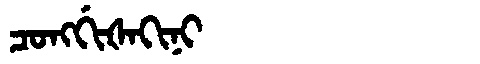
Manchu: ᠴᠣᠩᡤᡳᡧᠠᡴᡳᠨᡳ
Romanization: CONGGIŠAKINI